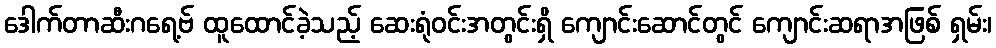
ဒေါက်တာဆီးဂရေ့ဗ် ထူထောင်ခဲ့သည့် ဆေးရုံဝင်းအတွင်းရှိ ကျောင်းဆောင်တွင် ကျောင်းဆရာအဖြစ် ရှမ်း၊